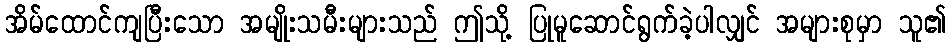
အိမ်ထောင်ကျပြီးသော အမျိုးသမီးများသည် ဤသို့ ပြုမူဆောင်ရွက်ခဲ့ပါလျှင် အများစုမှာ သူ၏